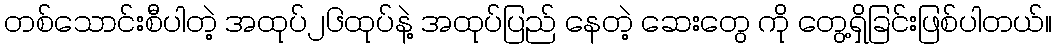
တစ်သောင်းစီပါတဲ့ အထုပ်၂၆ထုပ်နဲ့ အထုပ်ပြည် နေတဲ့ ဆေးတွေ ကို တွေ့ရှိခြင်းဖြစ်ပါတယ်။